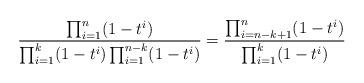
LaTeX: \begin{align*}\frac{\prod_{i=1}^{n}(1-t^i)}{\prod_{i=1}^{k}(1-t^i)\prod_{i=1}^{n-k}(1-t^i)}=\frac{\prod_{i=n-k+1}^{n}(1-t^i)}{\prod_{i=1}^{k}(1-t^i)}\end{align*}